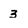
Character: 3